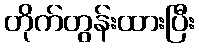
တိုက်တွန်းထားပြီး